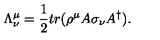
\Lambda _ { \nu } ^ { \mu } = \frac { 1 } { 2 } t r ( \rho ^ { \mu } A \sigma _ { \nu } A ^ { \dagger } ) .